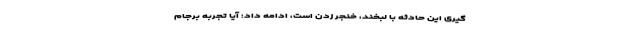
گیری این حادثه با لبخند، خنجر زدن است، ادامه داد: آیا تجربه برجام